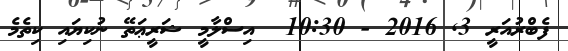
ފެބްރުއަރީ 3